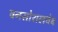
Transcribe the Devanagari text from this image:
वनसोशलवेब